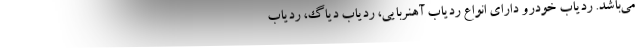
می‌باشد. ردیاب خودرو دارای انواع ردیاب آهنربایی، ردیاب دیاگ، ردیاب